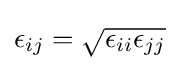
\epsilon _{ij}={\sqrt {\epsilon _{ii}\epsilon _{jj}}}